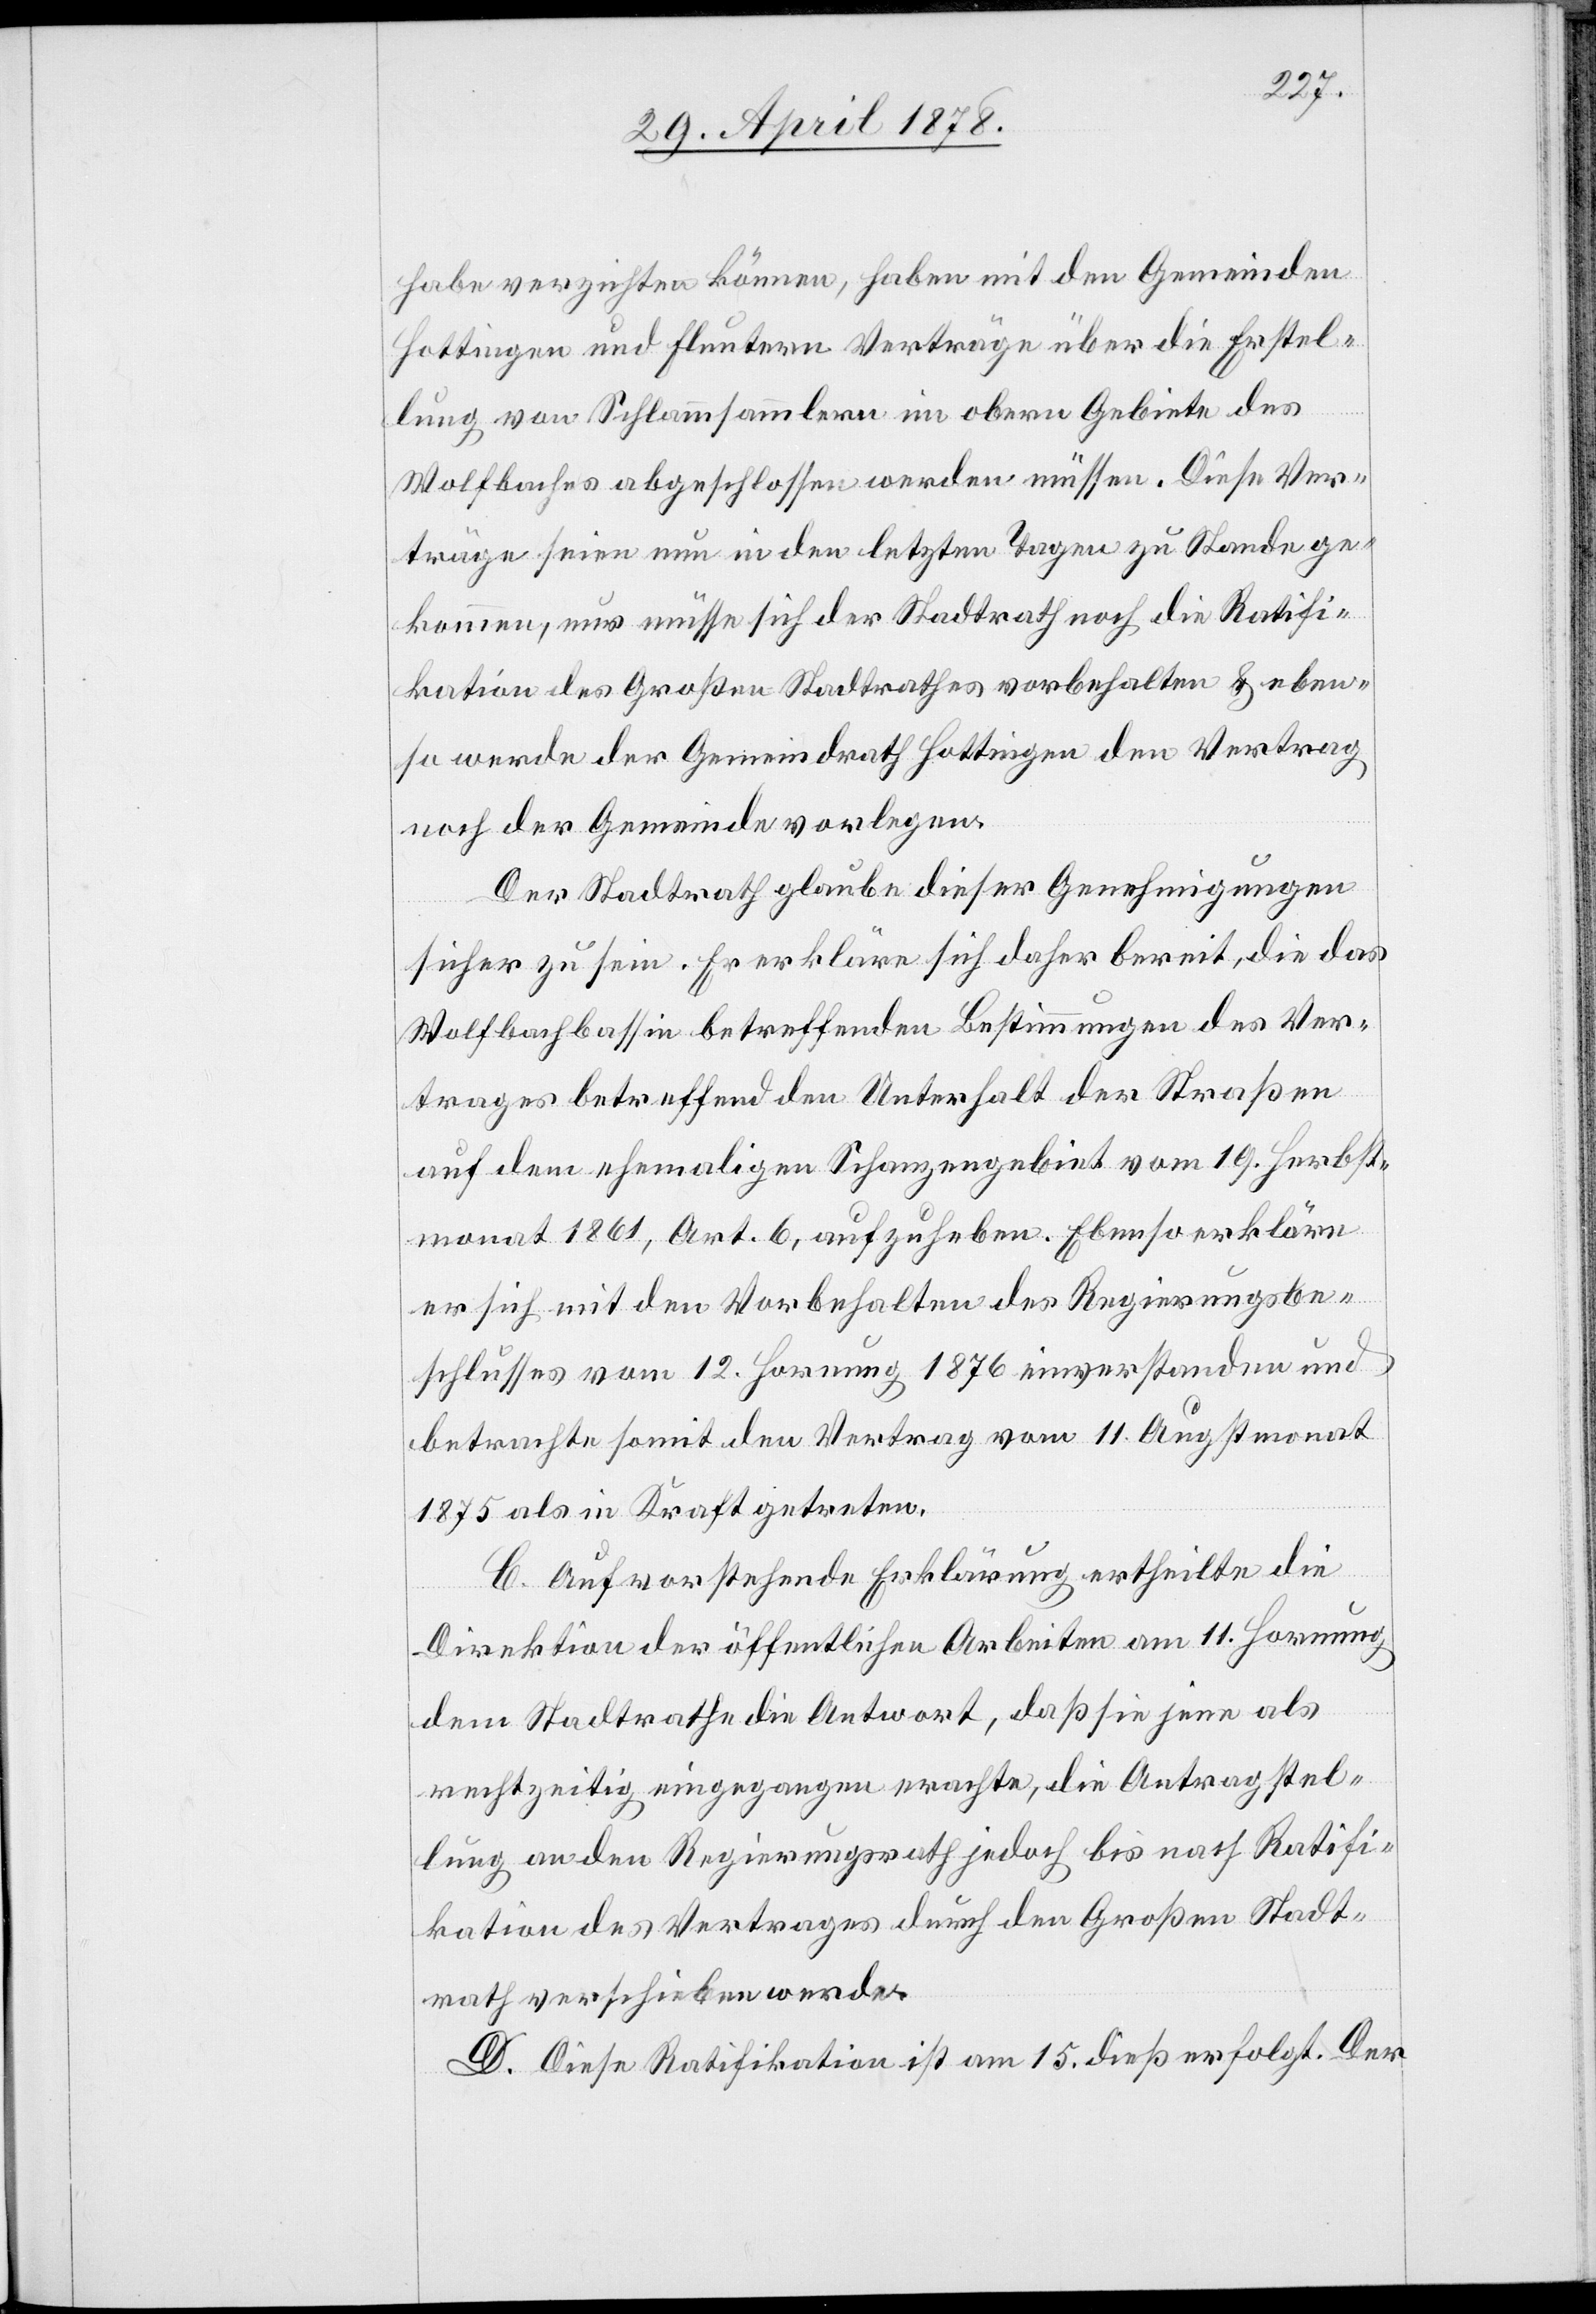
habe verzichten können, haben mit den Gemeinden
Hottingen und Fluntern Verträge über die Erstel¬
lung von Schlammsammlern im obern Gebiete des
Wolfbaches abgeschlossen werden müssen. Diese Ver¬
träge seien nun in den letzten Tagen zu Stande ge¬
kommen, nur müsse sich der Stadtrath noch die Ratifi¬
kation des Großen Stadtrathes vorbehalten & eben¬
so werde der Gemeindrath Hottingen den Vertrag
noch der Gemeinde vorlegen.
Der Stadtrath glaube dieser Genehmigungen
sicher zu sein. Er erkläre sich daher bereit, die das
Wolfbachbassin betreffenden Bestimmungen des Ver¬
trages betreffend den Unterhalt der Straßen
auf dem ehemaligen Schanzengebiet vom 19. Herbst¬
monat 1861, Art. 6, aufzuheben. Ebenso erkläre
er sich mit den Vorbehalten des Regierungsbe¬
schlusses vom 12. Hornung 1876 einverstanden und
betrachte somit den Vertrag vom 11. Augstmonat
1875 als in Kraft getreten.
C. Auf vorstehende Erklärung ertheilte die
Direktion der öffentlichen Arbeiten am 11. Hornung
dem Stadtrathe die Antwort, daß sie jene als
rechtzeitig eingegangen erachte, die Antragstel¬
lung an den Regierungsrath jedoch bis nach Ratifi¬
kation des Vertrages durch den Großen Stadt¬
rath verschieben werde.
D. Diese Ratifikation ist am 15. dieß erfolgt. Der